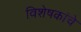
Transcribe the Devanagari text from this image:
विशेषकांचे